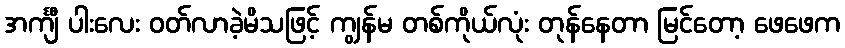
အင်္ကျီ ပါးလေး ဝတ်လာခဲ့မိသဖြင့် ကျွန်မ တစ်ကိုယ်လုံး တုန်နေတာ မြင်တော့ ဖေဖေက